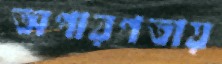
অপারগতায়